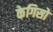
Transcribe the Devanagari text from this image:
केगिसो